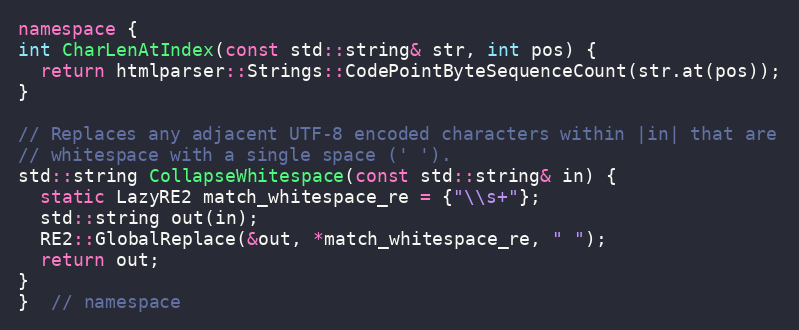
Language: C++
namespace {
int CharLenAtIndex(const std::string& str, int pos) {
  return htmlparser::Strings::CodePointByteSequenceCount(str.at(pos));
}

// Replaces any adjacent UTF-8 encoded characters within |in| that are
// whitespace with a single space (' ').
std::string CollapseWhitespace(const std::string& in) {
  static LazyRE2 match_whitespace_re = {"\\s+"};
  std::string out(in);
  RE2::GlobalReplace(&out, *match_whitespace_re, " ");
  return out;
}
}  // namespace